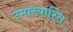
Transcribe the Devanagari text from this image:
उमास्वास्ति